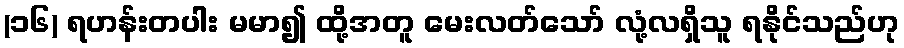
(၁၆) ရဟန်းတပါး မမာ၍ ထို့အတူ မေးလတ်သော် လုံ့လရှိသူ ရနိုင်သည်ဟု